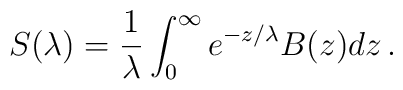
S(\lambda) = {1 \over \lambda} \int_{0}^{\infty} e^{-z/\lambda} B(z) dz \, .